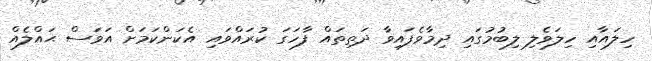
ހިލައާއި ހިލަވެލި ލިބުމުގައި ދިމާވެފައިވާ ދަތިތައް ފާހަގަ ކުރައްވައި އެކަންކަމަށް އަވަސް ޙައްލެއް